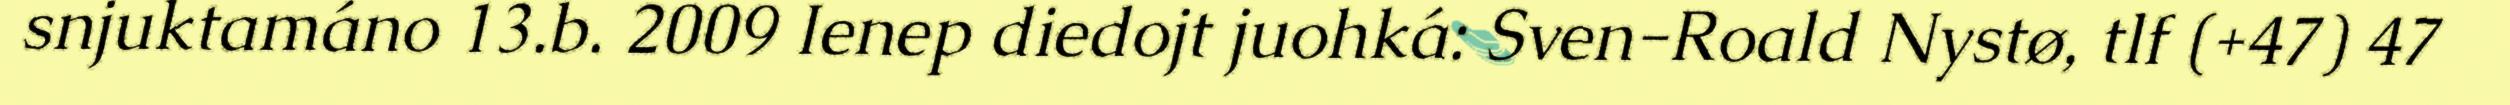
snjuktamáno 13.b. 2009 Ienep diedojt juohká: Sven-Roald Nystø, tlf (+47) 47